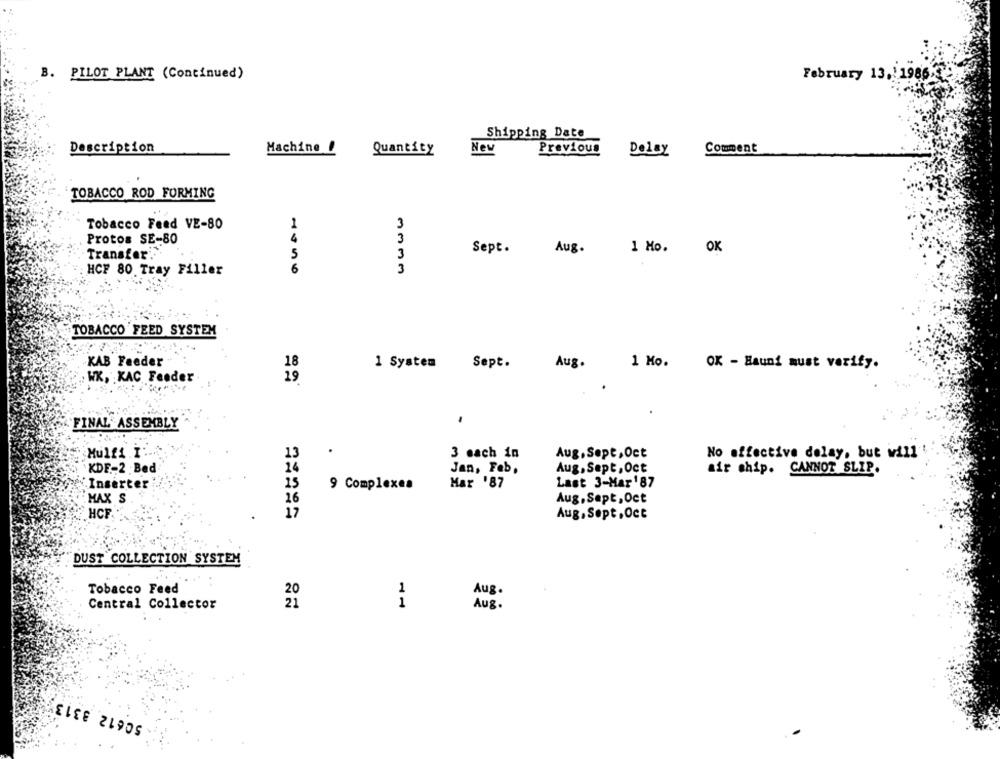
B. PILOT PLANT (Continued)
February 13.11986
Shipping Date
Description
Machine
Quantity
New
Previous
Delay
Comment
TOBACCO ROD FORMING
Tobacco Feed VE-80
1
3
Protos SE-80
3
Sept.
Aug.
1 Mo. OK
Transfer.
5
3
HCF 80 Tray Filler
6
3
TOBACCO FEED SYSTEM
KAB Feeder
18
1 System
Sept.
Aug.
1 Mo.
OK - Hauni must verify.
WK, KAC Feeder
19
FINAL ASSEMBLY
Mulfi .I ...
13
.
3 mach in
Aug, Sept, Oct
No affective delay, but will
KDF-2 Bed
24
Jan, Feb,
Aug, Sept, Oct
air chip. CANNOT SLIP.
Inserter
15
Mar '87
Last 3-Mar187
9 Complexes
MAX S
26
Aug, Sept, Oct
HCF
17
Aug, Sept, Oct
DUST COLLECTION SYSTEM
Tobacco Feed
1
Aug.
Central Collector
1
Aug.
50612 3313